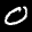
Digit: 0